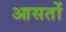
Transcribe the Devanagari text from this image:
आसतों